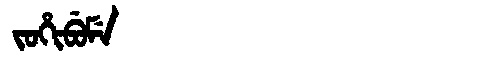
Manchu: ᠵᠣᡥᡳᠪᡠᠮᡝ
Romanization: JOHIBUME